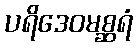
ပရိဒေဝမစ္ဆရံ